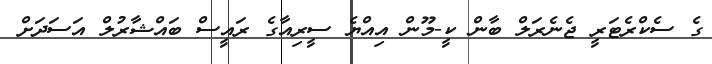
ގެ ސެކްރެޓަރީ ޖެނެރަލް ބާން ކީ-މޫން އިއްޔެ ސީރިއާގެ ރައީސް ބައްޝާރުލް އަސަދަށް